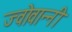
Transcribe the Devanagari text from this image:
ज्वोवान्नी